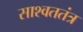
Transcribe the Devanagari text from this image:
साश्वततंत्र